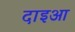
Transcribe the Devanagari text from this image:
दाइआ